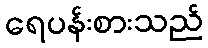
ရေပန်းစားသည်